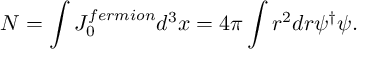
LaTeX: N = \int { \cal J } _ { 0 } ^ { f e r m i o n } d ^ { 3 } x = 4 \pi \int r ^ { 2 } d r \psi ^ { \dag } \psi .